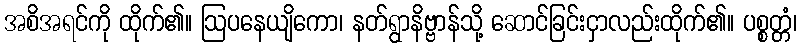
အစိအရင်ကို ထိုက်၏။ ဩပနေယျိကော၊ နတ်ရွာနိဗ္ဗာန်သို့ ဆောင်ခြင်းငှာလည်းထိုက်၏။ ပစ္စတ္တံ၊